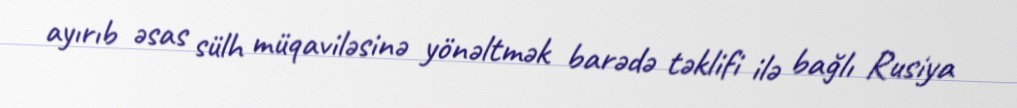
ayırıb əsas sülh müqaviləsinə yönəltmək barədə təklifi ilə bağlı Rusiya